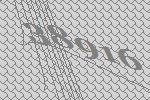
38916